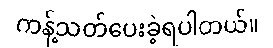
ကန့်သတ်ပေးခဲ့ရပါတယ်။